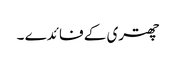
چھتری کے فائدے ۔